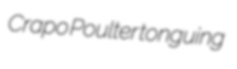
Crapo Poulter tonguing